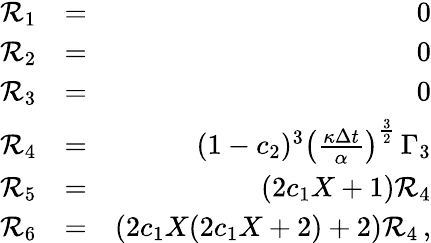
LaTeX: \begin{array}{rlr}{{\cal R}_{1}}&{=}&{0}\\ {{\cal R}_{2}}&{=}&{0}\\ {{\cal R}_{3}}&{=}&{0}\\ {{\cal R}_{4}}&{=}&{(1-c_{2})^{3}\left(\frac{\kappa\Delta{t}}{\alpha}\right)^{\frac{3}{2}}\, \Gamma_{3}}\\ {{\cal R}_{5}}&{=}&{(2c_{1}X+1){\cal R}_{4}}\\ {{\cal R}_{6}}&{=}&{(2c_{1}X(2c_{1}X+2)+2){\cal R}_{4}\, ,}\end{array}